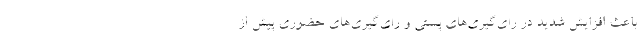
باعث افزایش شدید در رای‌گیری‌های پستی و رای‌گیری‌های حضوری پیش از